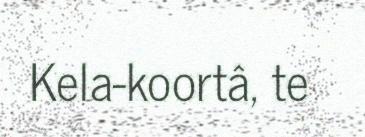
Kela-koortâ, te